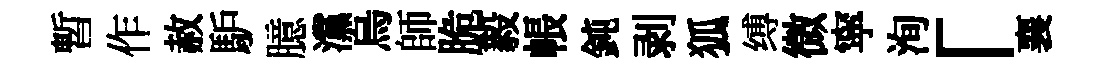
暫作赦馿臆灙烏師脆毅帳鈍剥狐缚微寜洵「襄